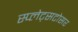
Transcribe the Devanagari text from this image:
स्प्लेट्सटोसर